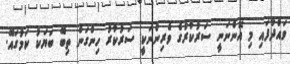
ވައްދާފައި މި އޮންނަނީ ސަރުކާރުގެ ވެރިންނަކީ ސަރުކާރު ހިންގަން ތިބޭ ބަޔަކު ކަމުގައޭ.